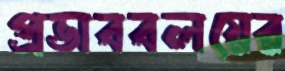
প্রভাববলয়ের